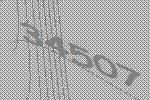
34507